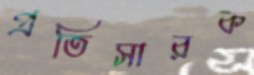
প্রতিসারক